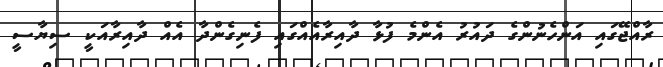
ރާއްޖޭގައި އަންހެނުންގެ ދައުރު އެންމެ ފުޅާ ދާއިރާއެއްގައި ފެނިގެންދާ އެއް ދާއިރާއަކީ ސިޔާސީ